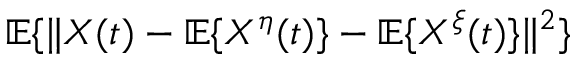
\mathbb { E } \{ \| X ( t ) - \mathbb { E } \{ X ^ { \eta } ( t ) \} - \mathbb { E } \{ X ^ { \xi } ( t ) \} \| ^ { 2 } \}